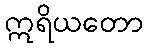
ဣရိယတော